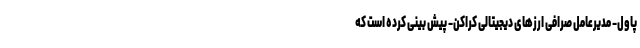
پاول- مدیرعامل صرافی ارز‌های دیجیتالی کراکن- پیش بینی کرده است که